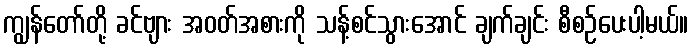
ကျွန်တော်တို့ ခင်ဗျား အဝတ်အစားကို သန့်စင်သွားအောင် ချက်ချင်း စီစဉ်ပေးပါ့မယ်။